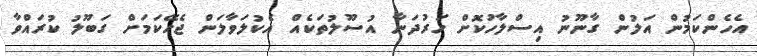
އެހެންކަމުން އަލުން ގާނޫނު އިސްލާހުކޮށް ހަރުދަނާ އުސޫލުތަކެއް އެކުލަވާލަން ޖެހޭކަމަށް ގަބޫލު ކުރައްވާ